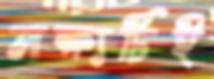
লক্ষ্যটিই